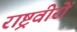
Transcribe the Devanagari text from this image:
राष्ट्रवीरों